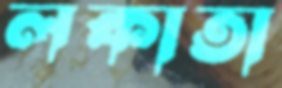
লকাতা